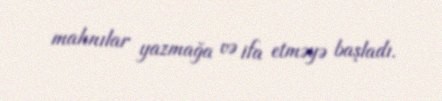
mahnılar yazmağa və ifa etməyə başladı.